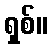
ရှစ်။